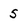
Character: 5